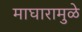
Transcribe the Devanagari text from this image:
माघारामुळे